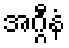
အဂ္ဂီနံ